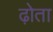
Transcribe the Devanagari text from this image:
ढ़ोता